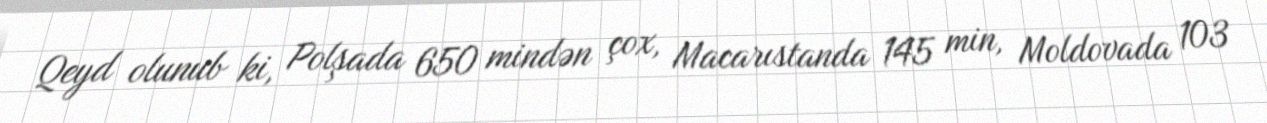
Qeyd olunub ki, Polşada 650 mindən çox, Macarıstanda 145 min, Moldovada 103